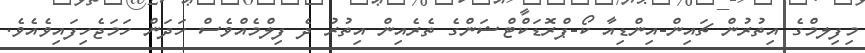
މިފިލމްގެ އިތުރުން ޗައިން-އިންޑިއާ ކޯ-ޕްރޮޑަކްޓްޝަންގެ ތެރެއިން އިތުރު ދެ ފިލްމެއްވެސް ހަދަން ހަމަޖެހިފައިވެއެވެ.